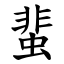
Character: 蜚